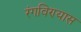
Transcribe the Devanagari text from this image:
रंगविण्यास